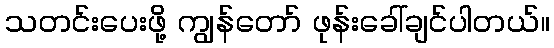
သတင်းပေးဖို့ ကျွန်တော် ဖုန်းခေါ်ချင်ပါတယ်။